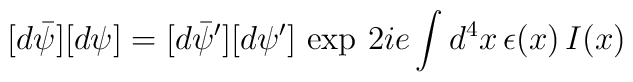
[d\bar\psi][d\psi]=[d\bar\psi^\prime][d\psi^\prime]\,\exp\,{2ie\int d^4x\,\epsilon(x)\,I(x)}